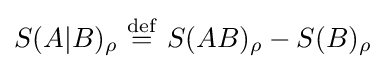
S(A|B)_{\rho }\ {\stackrel {\mathrm {def} }{=}}\ S(AB)_{\rho }-S(B)_{\rho }